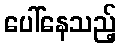
ပေါ်နေသည့်